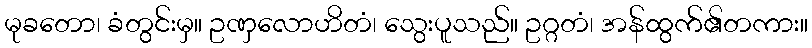
မုခတော၊ ခံတွင်းမှ။ ဥဏှလောဟိတံ၊ သွေးပူသည်။ ဥဂ္ဂတံ၊ အန်ထွက်၏တကား။